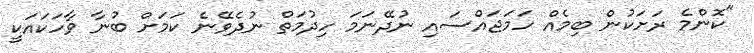
"ކޮންމެ ރަށަކުން ބިމެއް ހަމަޖައްސައި ނުދޭނަމަ ހިދުމަތް ނުދެވޭނެ ކަމަށް ބުނާ ވާހަކައަކީ